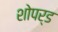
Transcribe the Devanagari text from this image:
शोपर्ड